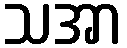
သအာ